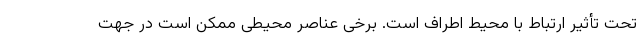
تحت تأثیر ارتباط با محیط اطراف است. برخی عناصر محیطی ممکن است در جهت